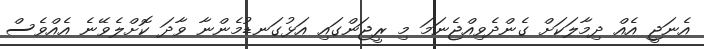
އެނަޖީ އެއް ދިމާލަކަށް ގެންދެވިއްޖެނަމަ މި ރީޖަންގައި އަޅުގަނޑުމެންނާ ވާދަ ކޮށްލެވޭނެ އެއްވެސް